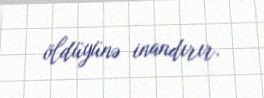
öldüyünə inandırır.